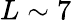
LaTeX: L\sim 7